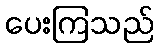
ပေးကြသည်